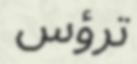
ترؤس